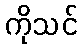
ကိုသင်